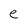
Character: e